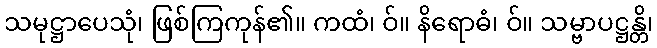
သမုဋ္ဌာပေသုံ၊ ဖြစ်ကြကုန်၏။ ကထံ၊ ဝ်။ နိရောဓံ၊ ဝ်။ သမ္ဗာပဋ္ဌန္တိ၊